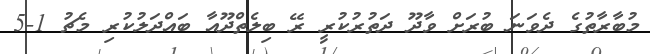
މުބާރާތުގެ ދެވަނަ ބުރަށް ވާދޫ ދަތުރުކުރީ ރޭ ބިލެތްދޫއާ ބައްދަލުކުރި މެޗު 1-5